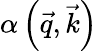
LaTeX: \alpha\left(\vec{q},\vec{k}\right)